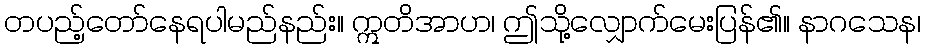
တပည့်တော်နေရပါမည်နည်း။ ဣတိအာဟ၊ ဤသို့လျှောက်မေးပြန်၏။ နာဂသေန၊